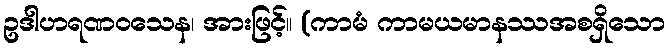
ဥဒါဟရဏဝသေန၊ အားဖြင့်။ (ကာမံ ကာမယမာနဿအစရှိသော